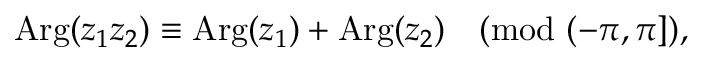
\operatorname { A r g } ( z _ { 1 } z _ { 2 } ) \equiv \operatorname { A r g } ( z _ { 1 } ) + \operatorname { A r g } ( z _ { 2 } ) { \pmod { ( - \pi , \pi ] } } ,